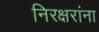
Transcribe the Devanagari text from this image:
निरक्षरांना